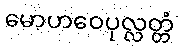
မောဟဝေပုလ္လတ္တံ